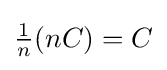
{\textstyle {\frac {1}{n}}(nC)=C}